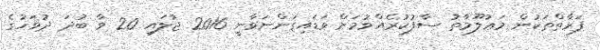
ފަރާތްތަކުން މަޢުލޫމާތު ސާފުކުރެއްވުމަށް ވަޑައިގަންނަވާނީ 2016 ޖުލައި 20 ވާ ބުދަ ދުވަހުގެ